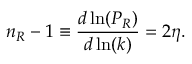
n _ { R } - 1 \equiv \frac { d \ln ( P _ { R } ) } { d \ln ( k ) } = 2 \eta .